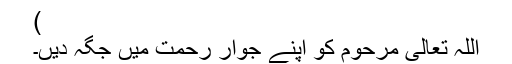
)
اللہ تعالی مرحوم کو اپنے جوارِ رحمت میں جگہ دیں۔